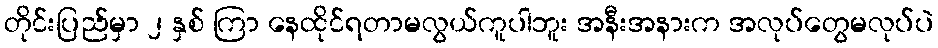
တိုင်းပြည်မှာ ၂ နှစ် ကြာ နေထိုင်ရတာမလွယ်ကူပါဘူး အနီးအနားက အလုပ်တွေမလုပ်ပဲ